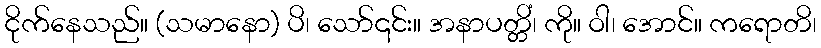
ငိုက်နေသည်။ (သမာနော) ပိ၊ သော်၎င်း။ အနာပတ္တိံ၊ ကို။ ဝါ၊ အောင်။ ကရောတိ၊